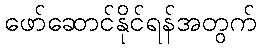
ဖော်ဆောင်နိုင်ရန်အတွက်